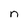
Character: n